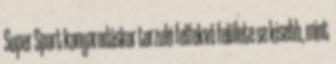
Super Sport kanyarodáskor torzuló felfekvő felülete se kisebb, mint